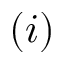
( i )